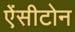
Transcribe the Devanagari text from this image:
ऐंसीटोन